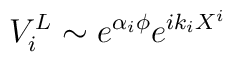
V_i^L \sim e^{\alpha_i\phi} e^{ik_iX^i}